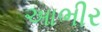
આભીર